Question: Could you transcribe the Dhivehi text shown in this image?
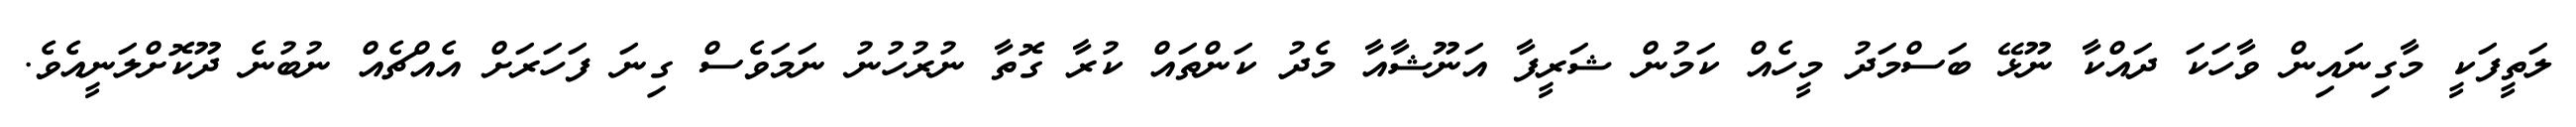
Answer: ލަތީފަކީ މާގިނައިން ވާހަކަ ދައްކާ ނޫޅޭ ބަސްމަދު މީހެއް ކަމުން ޝަރީފާ އަނޫޝާއާ މެދު ކަންތައް ކުރާ ގޮތާ ނުރުހުނު ނަމަވެސް ގިނަ ފަހަރަށް އެއްޗެއް ނުބުނެ ދޫކޮށްލަނީއެވެ.